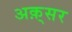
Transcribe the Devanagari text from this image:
अक़्सर